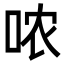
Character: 哝